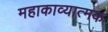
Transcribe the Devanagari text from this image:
महाकाव्‍यात्‍मक